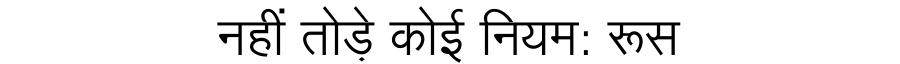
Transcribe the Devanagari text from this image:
नहीं तोड़े कोई नियम: रूस